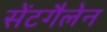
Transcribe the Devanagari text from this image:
सेंटगैलेन